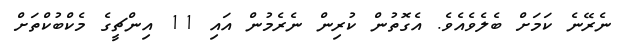
ނެރޭނެ ކަމަށް ބެލެވެއެވެ. އެގޮތުން ކުރިން ނެރެމުން އައި 11 އިންޗީގެ މެކްބުކްތަށް